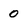
Character: 0